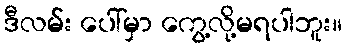
ဒီလမ်း ပေါ်မှာ ကွေ့လို့မရပါဘူး။